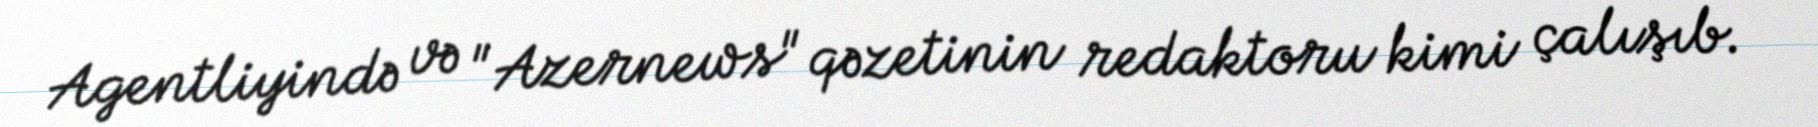
Agentliyində və "Azernews" qəzetinin redaktoru kimi çalışıb.